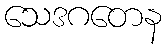
သေဒဂတေန